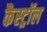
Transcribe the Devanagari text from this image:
कैस्ट्रॉल